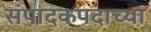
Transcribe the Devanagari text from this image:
संपादकपदाच्या